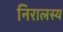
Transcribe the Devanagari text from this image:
निरालस्य